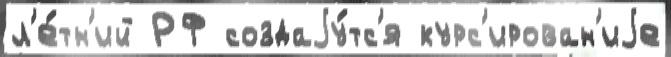
л'е́тн'ий РФ создаjу́тс'я курс'ирован'иjе